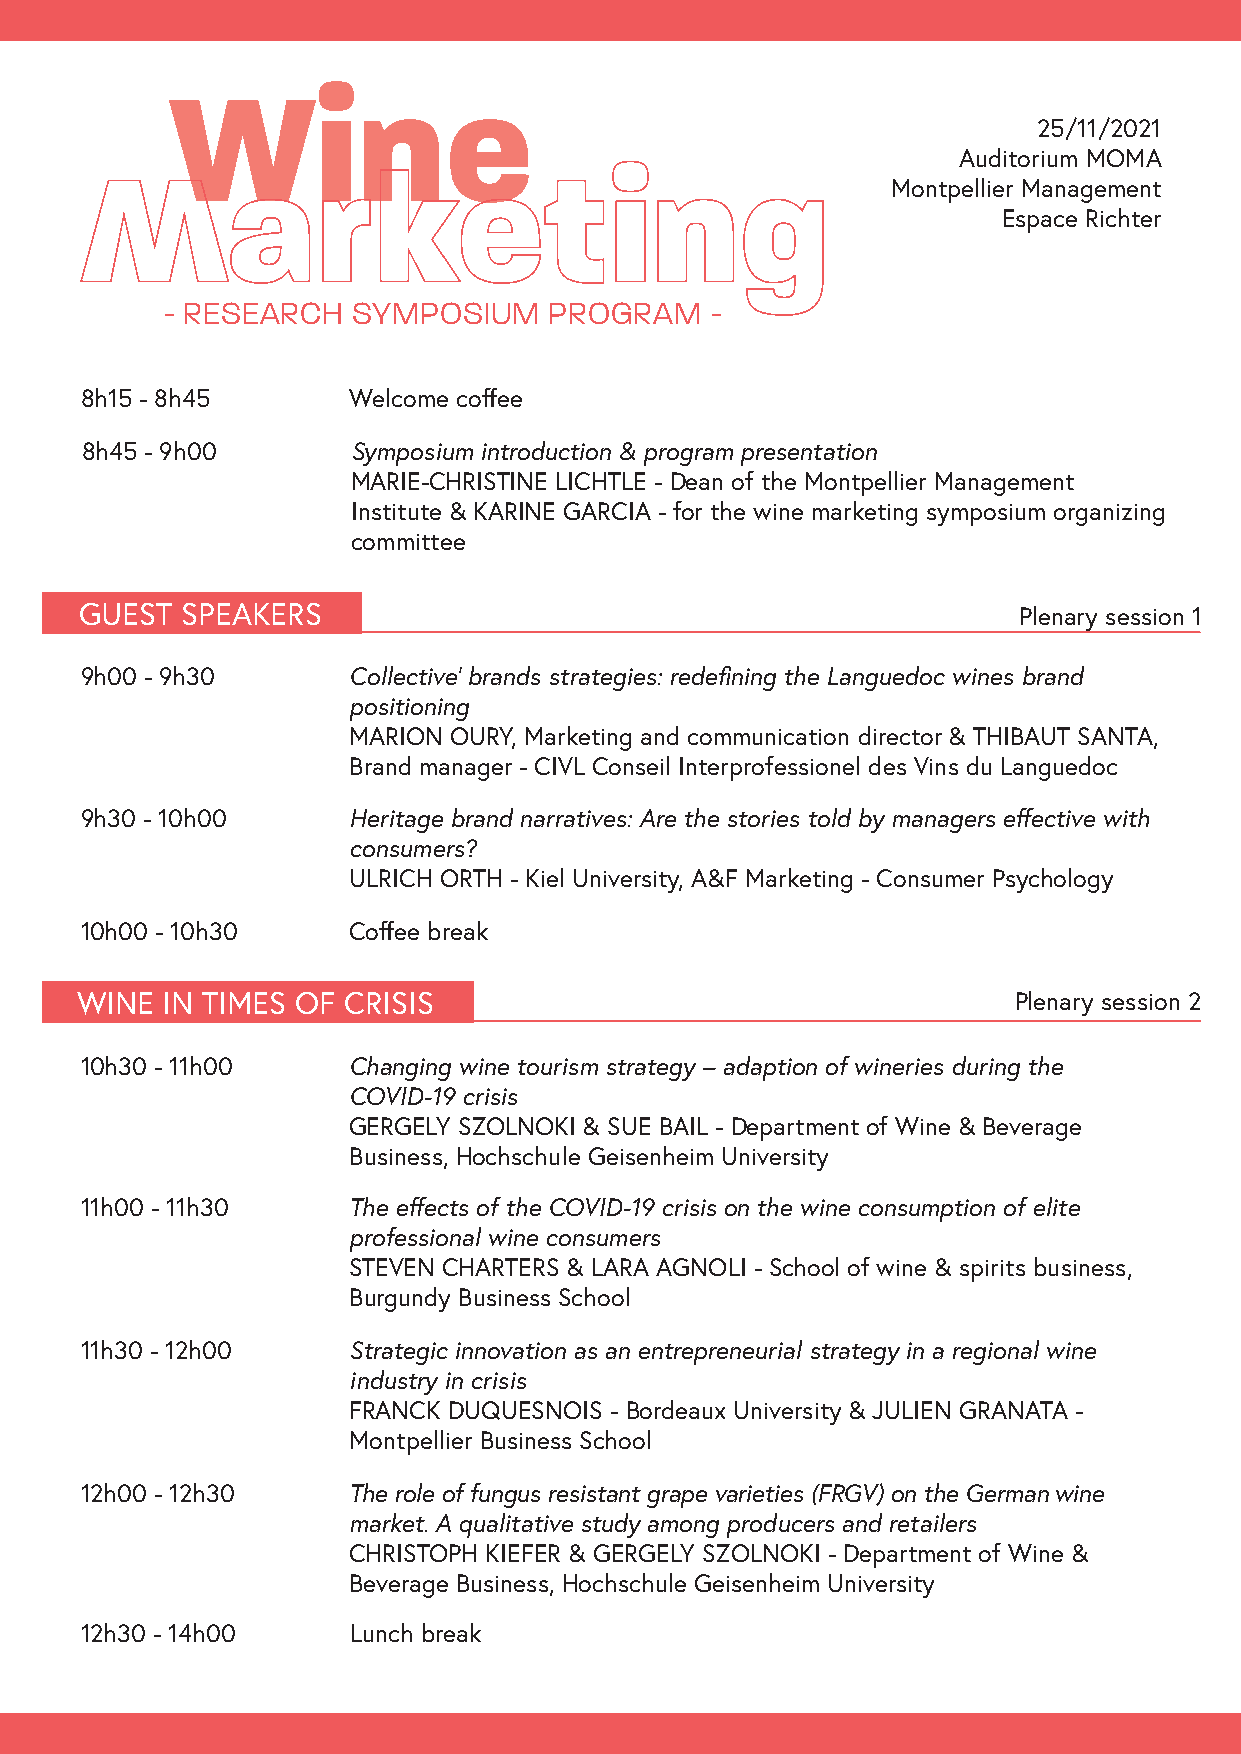
25/11/2021
 Auditorium MOMA
 Montpellier Management
 Espace Richter
 - RESEARCH  SYMPOSIUM    PROGRAM    -
 8h15 - 8h45       Welcome coffee
 8h45 - 9h00       Symposium introduction & program presentation
 MARIE-CHRISTINE LICHTLE - Dean of the Montpellier Management
 Institute & KARINE GARCIA - for the wine marketing symposium organizing
 committee
 GUEST  SPEAKERS                                               Plenary session 1
 9h00 - 9h30       Collective' brands strategies: redefining the Languedoc wines brand
 positioning
 MARION OURY, Marketing and communication director & THIBAUT SANTA,
 Brand manager - CIVL Conseil Interprofessionel des Vins du Languedoc
 9h30 - 10h00      Heritage brand narratives: Are the stories told by managers effective with
 consumers?
 ULRICH ORTH - Kiel University, A&F Marketing - Consumer Psychology
 10h00 - 10h30     Coffee break
 WINE  IN TIMES OF CRISIS                                      Plenary session 2
 10h30 - 11h00     Changing wine tourism strategy – adaption of wineries during the
 COVID-19 crisis
 GERGELY SZOLNOKI & SUE BAIL - Department of Wine & Beverage
 Business, Hochschule Geisenheim University
 11h00 - 11h30     T he effects of the COVID-19 crisis on the wine consumption of elite
 professional wine consumers
 STEVEN CHARTERS & LARA AGNOLI - School of wine & spirits business,
 Burgundy Business School
 11h30 - 12h00     Strategic innovation as an entrepreneurial strategy in a regional wine
 industry in crisis
 FRANCK DUQUESNOIS - Bordeaux University & JULIEN GRANATA -
 Montpellier Business School
 12h00 - 12h30     The role of fungus resistant grape varieties (FRGV) on the German wine
 market. A qualitative study among producers and retailers
 CHRISTOPH KIEFER & GERGELY SZOLNOKI - Department of Wine &
 Beverage Business, Hochschule Geisenheim University
 12h30 - 14h00     Lunch break